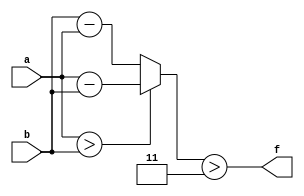
module wce_mit(a, b, f);
parameter _bit = 9;
parameter wce = 3;
input [_bit - 1: 0] a;
input [_bit - 1: 0] b;
output f;
wire [_bit - 1: 0] diff;
assign diff = (a > b)? (a - b): (b - a);
assign f = (diff > wce);
endmodule